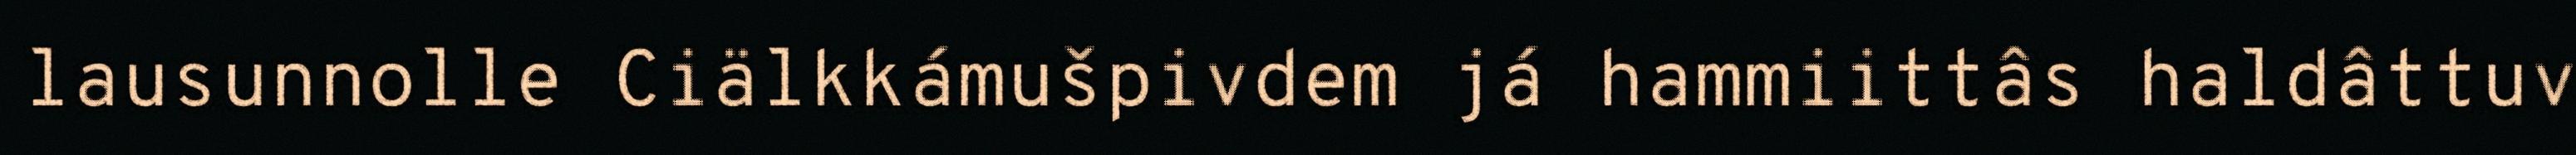
lausunnolle Ciälkkámušpivdem já hammiittâs haldâttuv